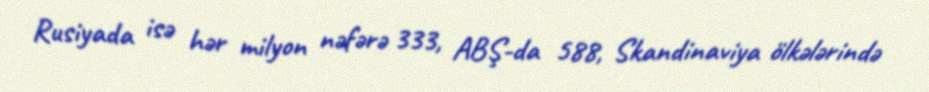
Rusiyada isə hər milyon nəfərə 333, ABŞ-da 588, Skandinaviya ölkələrində